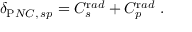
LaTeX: \delta _ { \mathrm P N C , \, s p } = C _ { s } ^ { \mathrm r a d } + C _ { p } ^ { \mathrm r a d } ~ .